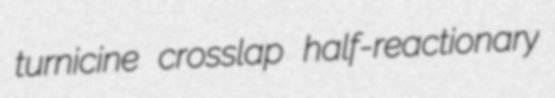
turnicine crosslap half-reactionary